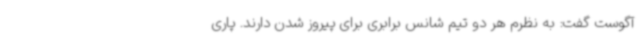
آگوست گفت: به نظرم هر دو تیم شانس برابری برای پیروز شدن دارند. پاری